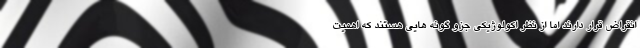
انقراض قرار دارند اما از نظر اکولوژیکی جزو گونه هایی هستند که اهمیت